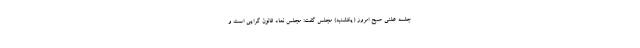
جلسه علنی صبح امروز (یکشنبه) مجلس گفت: مجلس نماد قانون گرایی است و